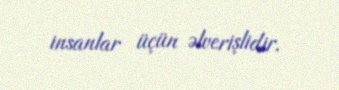
insanlar üçün əlverişlidir.